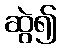
ဆွဲ၍